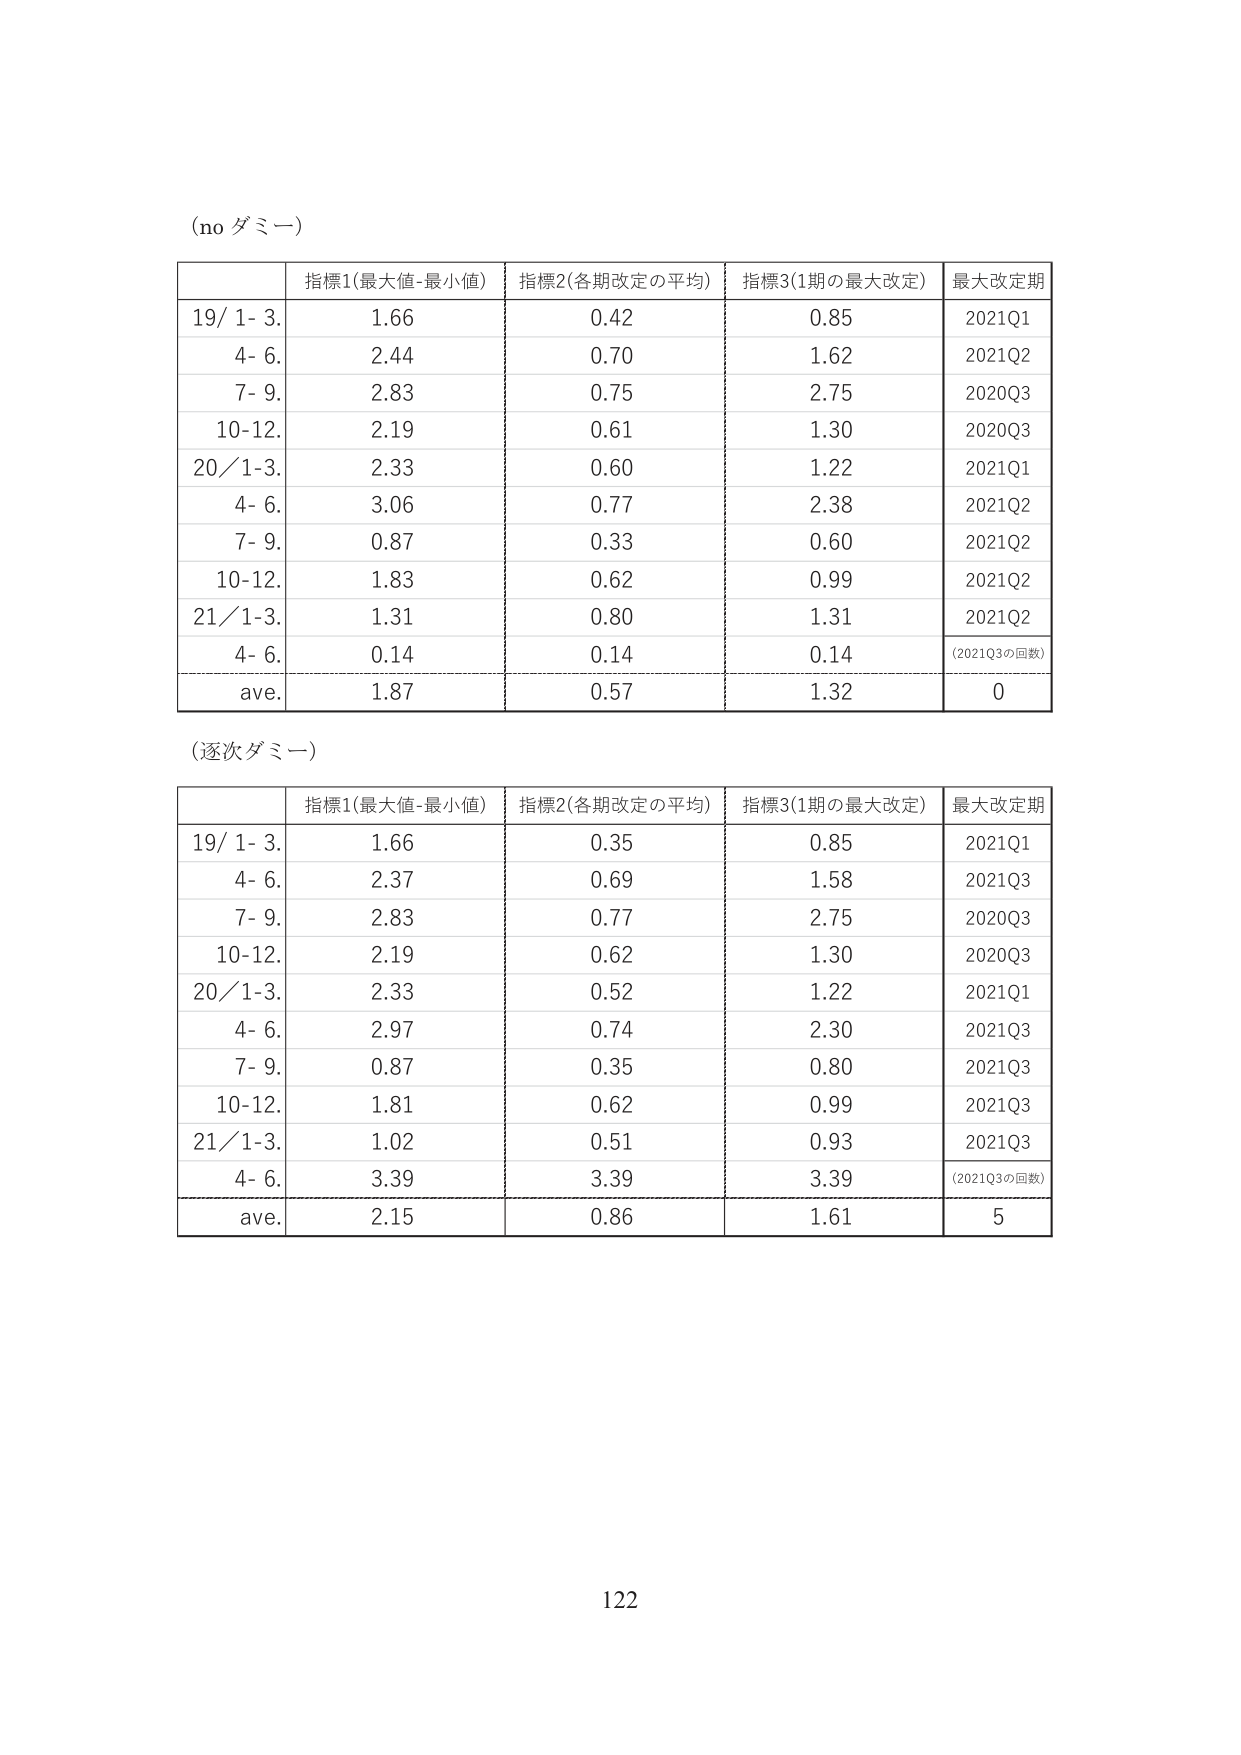
(no ダミー)

| | 指標1(最大値-最小値) | 指標2(各期改定の平均) | 指標3(1期の最大改定) | 最大改定期 |
|---|---|---|---|---|
| 19/ 1- 3. | 1.66 | 0.42 | 0.85 | 2021Q1 |
| 4- 6. | 2.44 | 0.70 | 1.62 | 2021Q2 |
| 7- 9. | 2.83 | 0.75 | 2.75 | 2020Q3 |
| 10-12. | 2.19 | 0.61 | 1.30 | 2020Q3 |
| 20/ 1-3. | 2.33 | 0.60 | 1.22 | 2021Q1 |
| 4- 6. | 3.06 | 0.77 | 2.38 | 2021Q2 |
| 7- 9. | 0.87 | 0.33 | 0.60 | 2021Q2 |
| 10-12. | 1.83 | 0.62 | 0.99 | 2021Q2 |
| 21/ 1-3. | 1.31 | 0.80 | 1.31 | 2021Q2 |
| 4- 6. | 0.14 | 0.14 | 0.14 | (2021Q3の回数) |
| ave. | 1.87 | 0.57 | 1.32 | 0 |

(逐次ダミー)

| | 指標1(最大値-最小値) | 指標2(各期改定の平均) | 指標3(1期の最大改定) | 最大改定期 |
|---|---|---|---|---|
| 19/ 1- 3. | 1.66 | 0.35 | 0.85 | 2021Q1 |
| 4- 6. | 2.37 | 0.69 | 1.58 | 2021Q3 |
| 7- 9. | 2.83 | 0.77 | 2.75 | 2020Q3 |
| 10-12. | 2.19 | 0.62 | 1.30 | 2020Q3 |
| 20/ 1-3. | 2.33 | 0.52 | 1.22 | 2021Q1 |
| 4- 6. | 2.97 | 0.74 | 2.30 | 2021Q3 |
| 7- 9. | 0.87 | 0.35 | 0.80 | 2021Q3 |
| 10-12. | 1.81 | 0.62 | 0.99 | 2021Q3 |
| 21/ 1-3. | 1.02 | 0.51 | 0.93 | 2021Q3 |
| 4- 6. | 3.39 | 3.39 | 3.39 | (2021Q3の回数) |
| ave. | 2.15 | 0.86 | 1.61 | 5 |

122